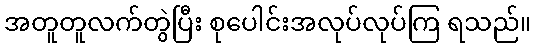
အတူတူလက်တွဲပြီး စုပေါင်းအလုပ်လုပ်ကြ ရသည်။